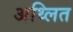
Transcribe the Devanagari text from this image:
अथ्लित